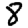
Digit: 8